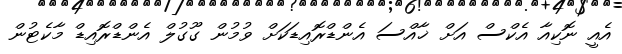
އެއީ ނޮކިއާ އެކްސް އަށް ޚާއްސަ އެންޑްރޮއިޑަކަށް ވުމުން ގޫގުލް އެންޑްރޮއިޑް މާކެޓުން